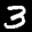
Label: 3